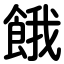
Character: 餓